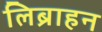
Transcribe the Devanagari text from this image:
लिब्राहन